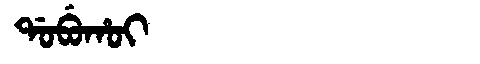
Manchu: ᡩᠣᠪᡠᡥᠣᡳ
Romanization: DOBUHOI